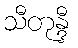
သီတုန္ဒီ